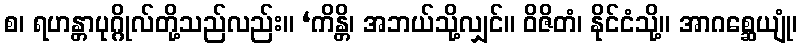
စ၊ ရဟန္တာပုဂ္ဂိုလ်တို့သည်လည်း။ ‘ကိန္တိ၊ အဘယ်သို့လျှင်။ ဝိဇိတံ၊ နိုင်ငံသို့။ အာဂစ္ဆေယျုံ၊